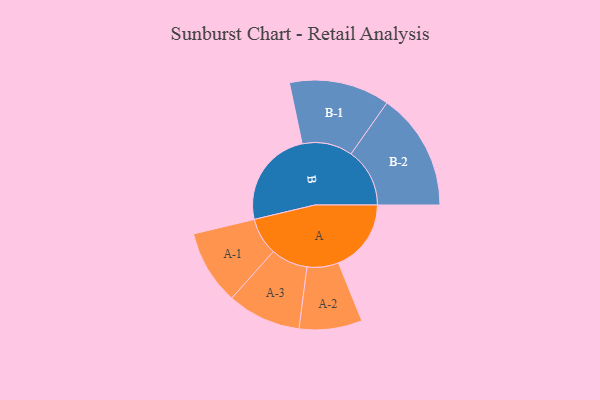
{"axis": {"x": "Segment", "y": "Value"}, "legend": ["", "A", "B"], "data": [{"x": "A", "y": 363, "type": ""}, {"x": "B", "y": 489, "type": ""}, {"x": "A-1", "y": 186, "type": "A"}, {"x": "A-2", "y": 157, "type": "A"}, {"x": "A-3", "y": 184, "type": "A"}, {"x": "B-1", "y": 251, "type": "B"}, {"x": "B-2", "y": 293, "type": "B"}]}